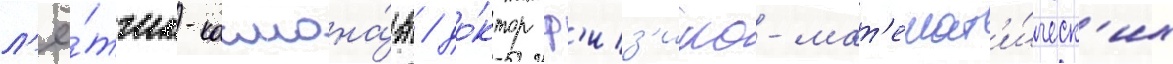
л'ё́тчик-космона́вт / до́ктор ф'из'ико-мат'емат'и́ческ'их